Report of the Bombay Veterinary College
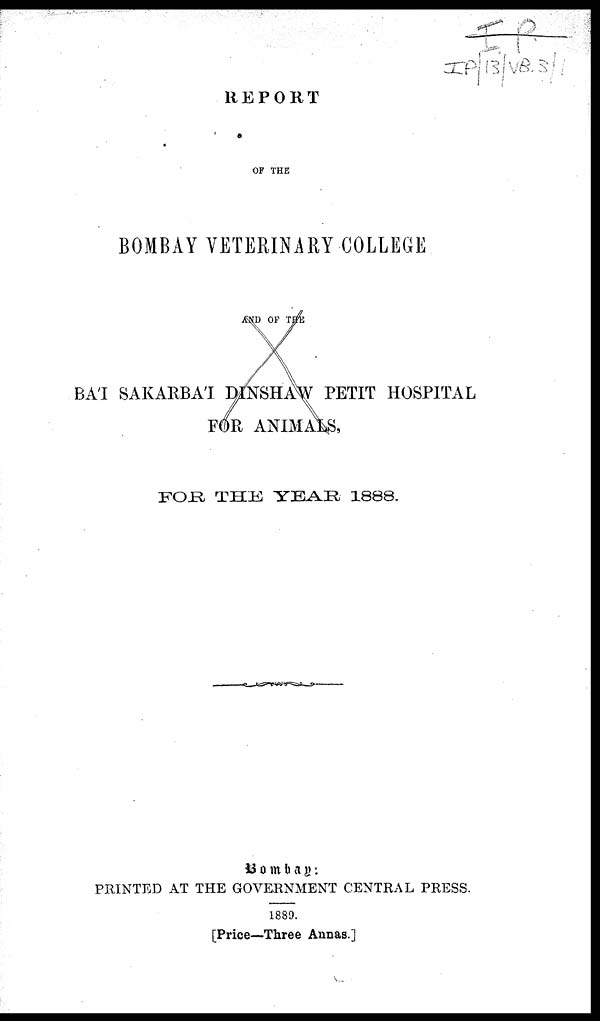
REPORT
OF THE
BOMBAY VETERINARY COLLEGE
FOR THE YEAR 1888.
Bombay:
PRINTED AT THE GOVERNMENT CENTRAL PRESS,
1889.
[Price—Three Annas.]